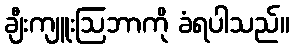
ချီးကျူးဩဘာကို ခံရပါသည်။